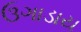
ઉગાડાય